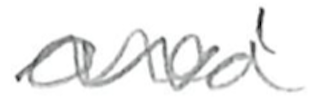
Text: area
Cross-out: wave
Writing tool: pencil